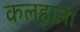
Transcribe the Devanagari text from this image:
कलहाला